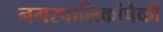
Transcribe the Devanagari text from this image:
नगरपालिकांपैकी